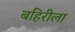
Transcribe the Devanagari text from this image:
बहिरीला